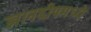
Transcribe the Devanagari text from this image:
ज्ञानदीपमध्ये